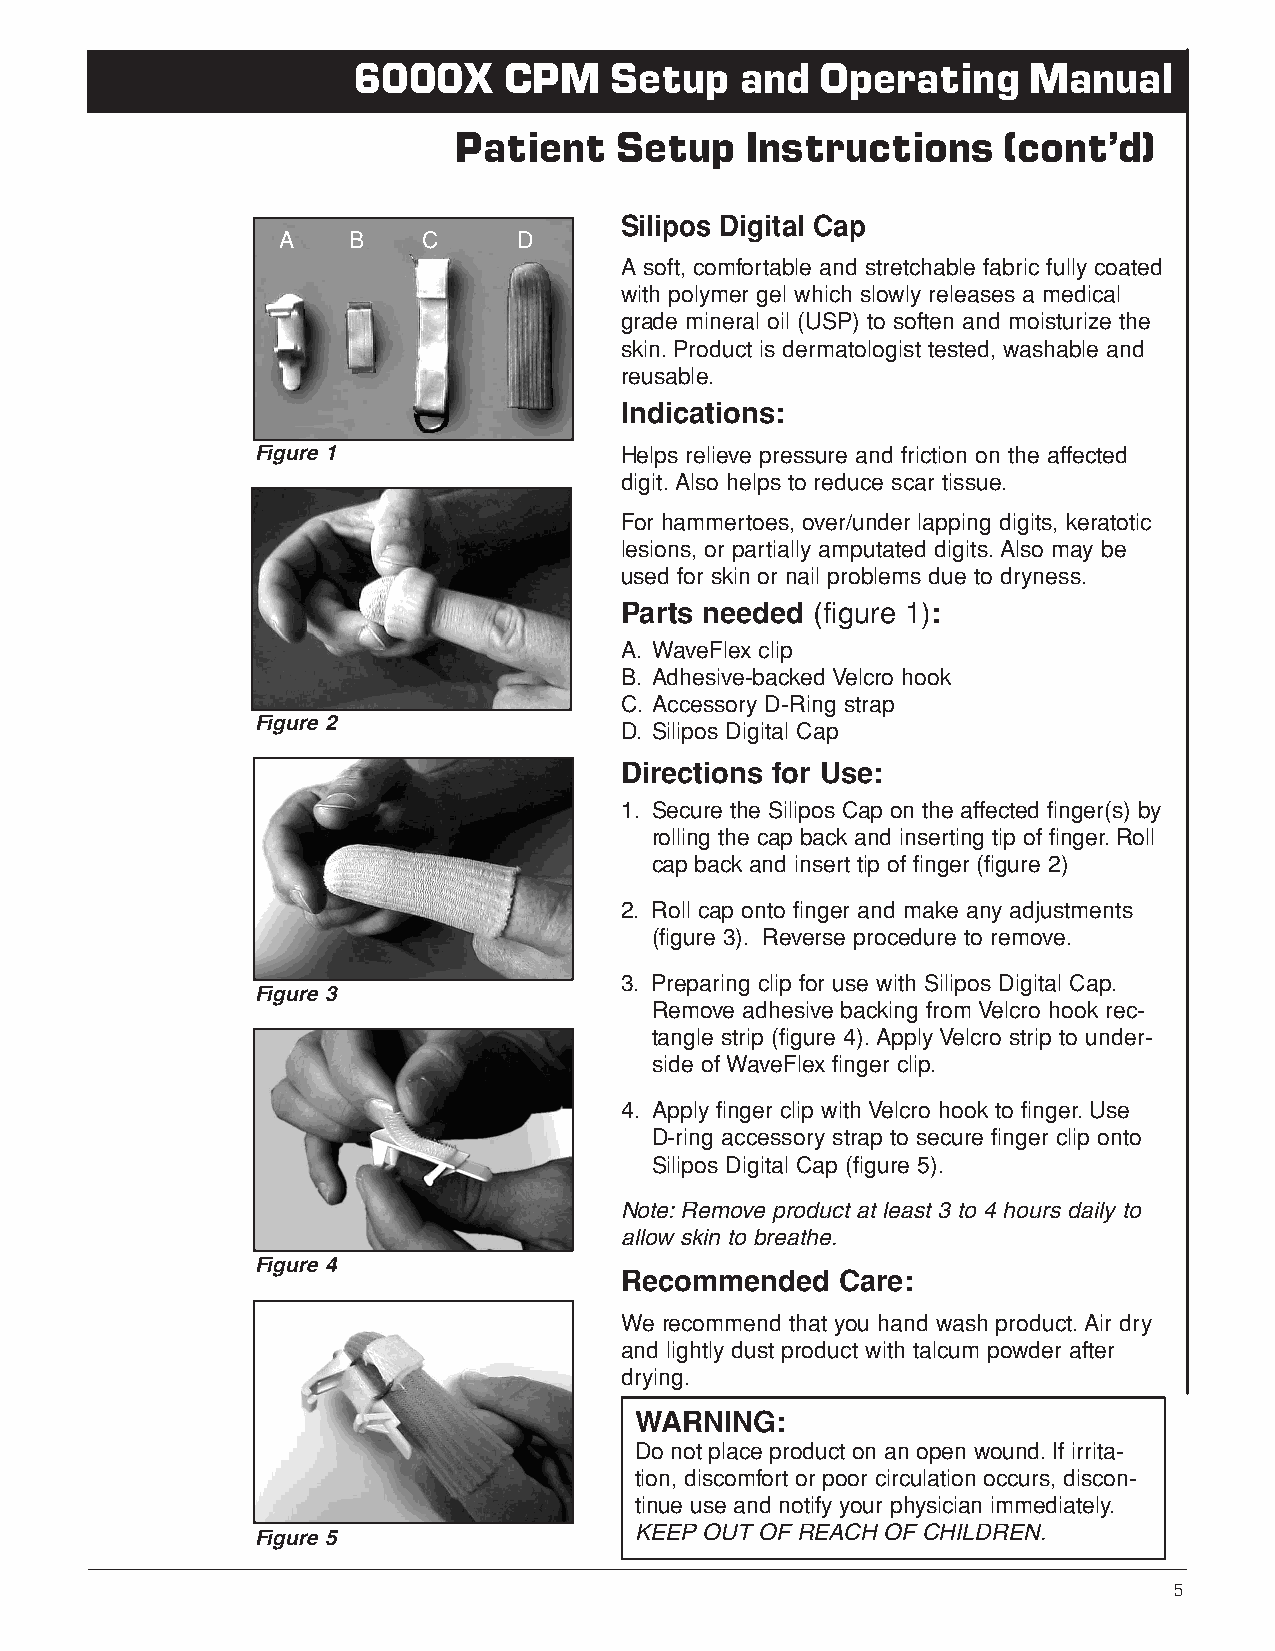
6000X     CPM    Setup    and  Operating     Manual
 Patient    Setup   Instructions     (cont’d)
 Silipos Digital Cap
 A    B    C     D
 A soft, comfortable and stretchable fabric fully coated
 with polymer gel which slowly releases a medical
 grade mineral oil (USP) to soften and moisturize the
 skin.Product is dermatologist tested, washable and
 reusable.
 Indications:
 Figure 1                Helps relieve pressure and friction on the affected
 digit.Also helps to reduce scar tissue.
 For hammertoes, over/under lapping digits, keratotic
 lesions, or partially amputated digits.Also may be
 used for skin or nail problems due to dryness.
 Parts needed (figure 1):
 A. WaveFlex clip
 B. Adhesive-backed Velcro hook
 C. Accessory D-Ring strap
 Figure 2
 D. Silipos Digital Cap
 Directions for Use:
 1. Secure the Silipos Cap on the affected finger(s) by
 rolling the cap back and inserting tip of finger.Roll
 cap back and insert tip of finger (figure 2)
 2. Roll cap onto finger and make any adjustments
 (figure 3). Reverse procedure to remove.
 3. Preparing clip for use with Silipos Digital Cap.
 Figure 3
 Remove adhesive backing from Velcro hook rec-
 tangle strip (figure 4).Apply Velcro strip to under-
 side of WaveFlex finger clip.
 4. Apply finger clip with Velcro hook to finger.Use
 D-ring accessory strap to secure finger clip onto
 Silipos Digital Cap (figure 5).
 Note:Remove product at least 3 to 4 hours daily to
 allow skin to breathe.
 Figure 4
 Recommended    Care:
 We recommend that you hand wash product.Air dry
 and lightly dust product with talcum powder after
 drying.
 WARNING:
 Do not place product on an open wound.If irrita-
 tion, discomfort or poor circulation occurs, discon-
 tinue use and notify your physician immediately.
 Figure 5                 KEEP OUT OF REACH OF CHILDREN.
 Customer Service: U.S. 1-800-225-1814 • International Tel: 1-905-420-3303 Fax: 1-905-420-3970 E-mail: customerservice@orthomotion.ca 5